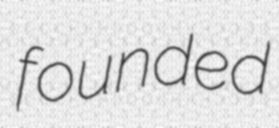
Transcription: founded